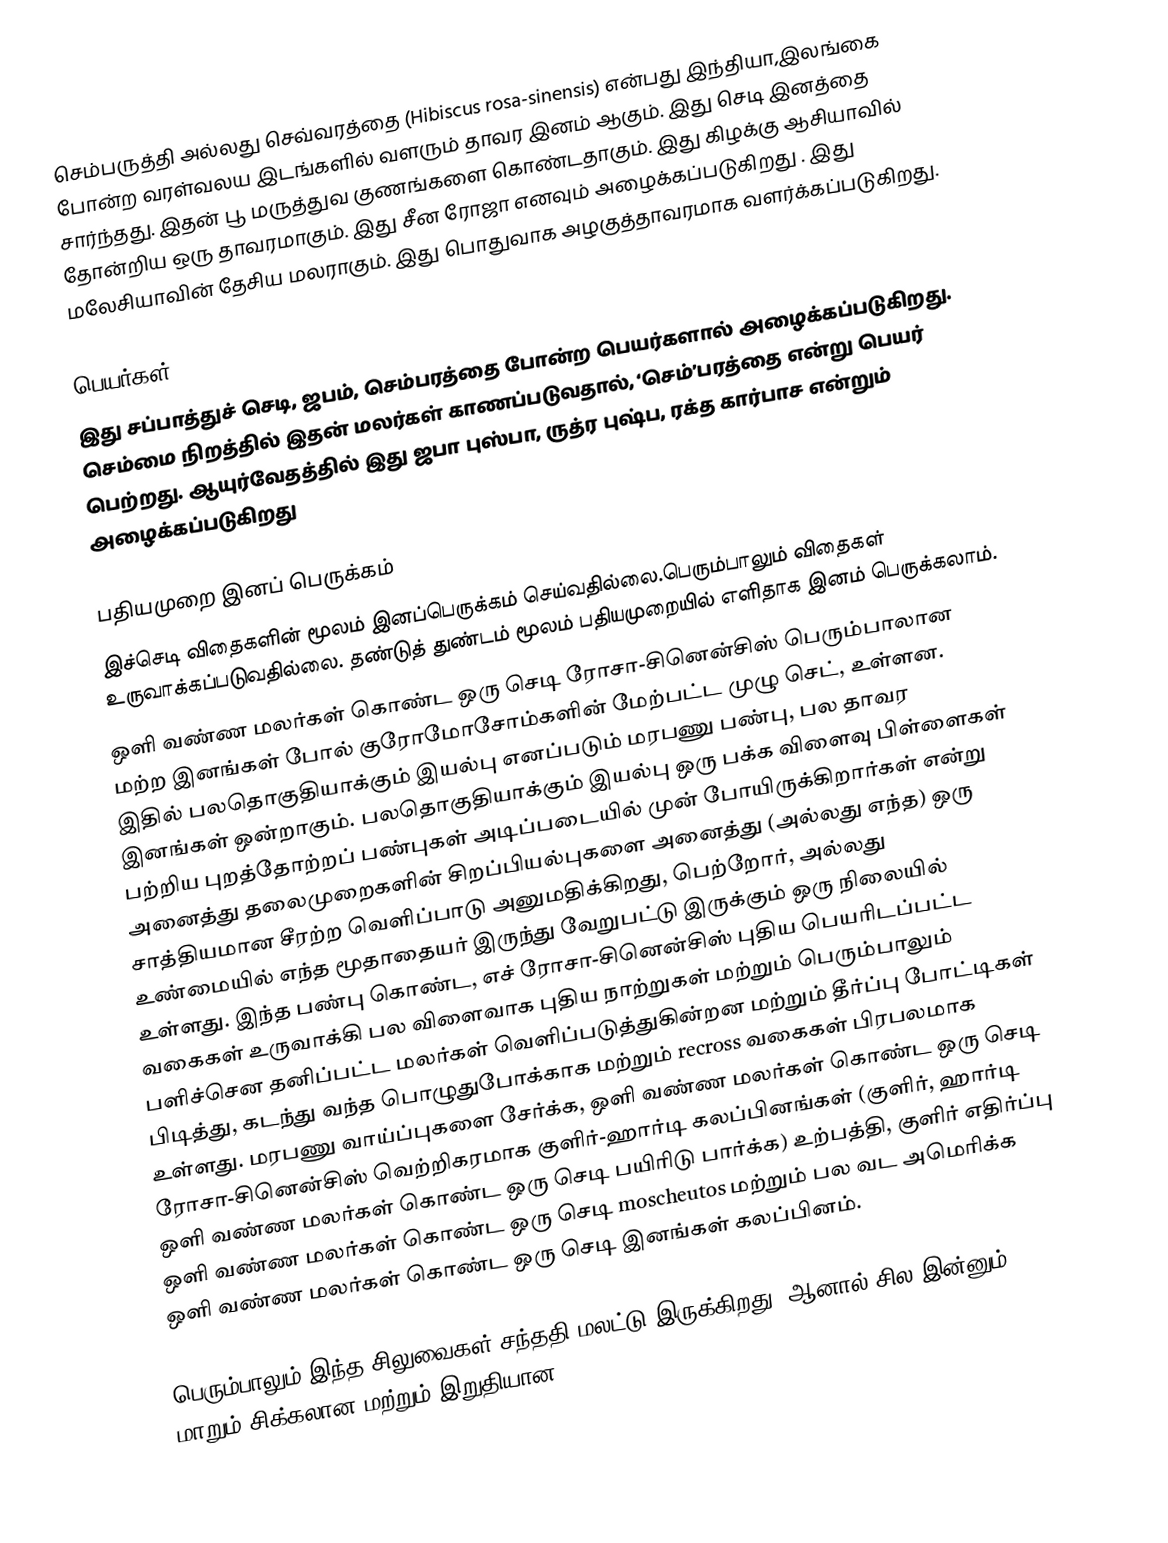
செம்பருத்தி அல்லது செவ்வரத்தை (Hibiscus rosa-sinensis) என்பது இந்தியா,இலங்கை போன்ற வரள்வலய இடங்களில் வளரும் தாவர இனம் ஆகும். இது செடி இனத்தை சார்ந்தது. இதன் பூ மருத்துவ குணங்களை கொண்டதாகும். இது கிழக்கு ஆசியாவில் தோன்றிய ஒரு தாவரமாகும். இது சீன ரோஜா எனவும் அழைக்கப்படுகிறது . இது மலேசியாவின் தேசிய மலராகும். இது பொதுவாக அழகுத்தாவரமாக வளர்க்கப்படுகிறது.

பெயர்கள்
இது சப்பாத்துச் செடி, ஜபம், செம்பரத்தை போன்ற பெயர்களால் அழைக்கப்படுகிறது. செம்மை நிறத்தில் இதன் மலர்கள் காணப்படுவதால், ‘செம்’பரத்தை என்று பெயர் பெற்றது. ஆயுர்வேதத்தில் இது ஜபா புஸ்பா, ருத்ர புஷ்ப, ரக்த கார்பாச என்றும் அழைக்கப்படுகிறது

பதியமுறை இனப் பெருக்கம்
இச்‌செடி விதைகளின் மூலம் இனப்பெருக்கம் செய்வதில்லை.பெரும்பாலும் விதைகள் உருவாக்கப்படுவதில்லை. தண்டுத் துண்டம் மூலம் பதியமுறையில் எளிதாக இனம் பெருக்கலாம்.
ஒளி வண்ண மலர்கள் கொண்ட ஒரு செடி ரோசா-சினென்சிஸ் பெரும்பாலான மற்ற இனங்கள் போல் குரோமோசோம்களின் மேற்பட்ட முழு செட், உள்ளன. இதில் பலதொகுதியாக்கும் இயல்பு எனப்படும் மரபணு பண்பு, பல தாவர இனங்கள் ஒன்றாகும். பலதொகுதியாக்கும் இயல்பு ஒரு பக்க விளைவு பிள்ளைகள் பற்றிய புறத்தோற்றப் பண்புகள்  அடிப்படையில் முன் போயிருக்கிறார்கள் என்று அனைத்து தலைமுறைகளின் சிறப்பியல்புகளை அனைத்து (அல்லது எந்த) ஒரு சாத்தியமான சீரற்ற வெளிப்பாடு அனுமதிக்கிறது, பெற்றோர், அல்லது உண்மையில் எந்த மூதாதையர் இருந்து வேறுபட்டு இருக்கும் ஒரு நிலையில் உள்ளது. இந்த பண்பு கொண்ட, எச் ரோசா-சினென்சிஸ் புதிய பெயரிடப்பட்ட வகைகள் உருவாக்கி பல விளைவாக புதிய நாற்றுகள் மற்றும் பெரும்பாலும் பளிச்சென தனிப்பட்ட மலர்கள் வெளிப்படுத்துகின்றன மற்றும் தீர்ப்பு போட்டிகள் பிடித்து, கடந்து வந்த பொழுதுபோக்காக மற்றும் recross வகைகள் பிரபலமாக உள்ளது. மரபணு வாய்ப்புகளை சேர்க்க, ஒளி வண்ண மலர்கள் கொண்ட ஒரு செடி ரோசா-சினென்சிஸ் வெற்றிகரமாக குளிர்-ஹார்டி கலப்பினங்கள் (குளிர், ஹார்டி ஒளி வண்ண மலர்கள் கொண்ட ஒரு செடி பயிரிடு பார்க்க) உற்பத்தி, குளிர் எதிர்ப்பு ஒளி வண்ண மலர்கள் கொண்ட ஒரு செடி moscheutos மற்றும் பல வட அமெரிக்க ஒளி வண்ண மலர்கள் கொண்ட ஒரு செடி இனங்கள் கலப்பினம்.

பெரும்பாலும் இந்த சிலுவைகள் சந்ததி மலட்டு இருக்கிறது, ஆனால் சில இன்னும் மாறும் சிக்கலான மற்றும் இறுதியான